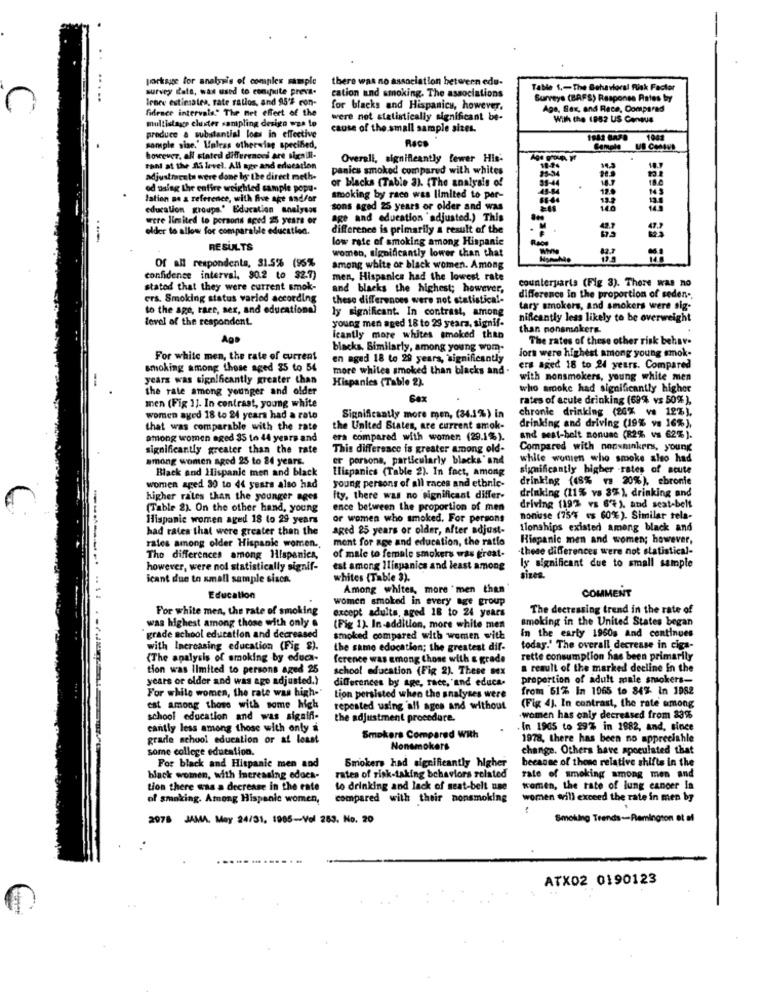
porkage for analysis of comples sample
there was no association between edu-
survey data, was used to coniquite preva-
cation and smoking. The associations
Table $ .- The Behavioral Risk Factor
.....
Srnce estimates, rate ratlos, and 95'# con-
Surveys (BAFS) Response Rates by
fidence intervals." The net effert of the
for blacks and Hispanics, however.
Aga, Sax, and Race, Compared
multistage cluster sampling design was to
were not statistically significant be-
With the 1852 US Census
cause of the small sample sizes.
produce a substantial loes in effective
Race
1041
sample size.' Unless otherwise specified,
UB Contus
however, all stated differences are sigenili-
Overall, significantly fewer His-
tan at the 25 level. All age and education
panics smoked compared with whites
1024
14.3
adjustraceta were done by the direct meth-
or blacks (Table 3). (The analysis of
35-44
od using the enfire weighted sample popu-
145
lation on a reference, with five age and/or
smoking by race was limited to per-
13.4
education groups.' Education analysos
sons aged 25 years or older and was
were limited to persons aped 25 years or
age and education "adjusted.) This
older to allow for comparable education.
difference is primarily a result of the
low rate of smoking among Hispanic
RESULTS
Of all respondenta, 31.5% (95%
women, significantly lower than that
among white or black women. Among
confidence interval, 30.2 to $2.7)
men, Hispanics had the lowest rate
counterparts (Fig 3). There was no
stated that they were current smok-
and blacks the highest; however,
ers. Smoking status varied according
these differences were not statistical-
difference in the proportion of seden .,
to the age, race, sex, and educationa)
ly significant. In contrast, among
tary smokers, and smokers were sig-
level of the respondent.
young men aged 18 to 29 years, signif-
nifleantly less likely to be overweight
than nonsmokers
Ago
Icantly more whites smoked than
The rates of these other risk behave
blacks. Similarly, among young wom-
jors were highest among young smok-
For white men, the rate of current
en aged 18 to 29 years, significantly
smoking among those aged 35 to 54
more whites smoked than blacks and .
ers aged 18 to 24 years. Compared
years was significantly greater than
Hispanics (Table 2).
with nonsmokers, young white men
the rate among younger and older
who smoke had significantly higher
rates of acute drinking (69% vs 50%),
men (Fig 1]. In contrast, young white
chronic drinking (20% v 12%),
women aged 18 to 24 years had a rate
Significantly more men, (84.1%) in
drinking and driving (19% vs 16%),
that was comparable with the rate
the United Biates, are current smok-
among women aged 35 to 44 years and
era compared with women (29.1%).
and meat-belt nonuse (R2% vs 62%).
significantly greater than the rate
This difference is greater among old-
Compared with nonsninkress, young
among women aged 25 to 24 years.
er porsons, particularly blacks' and
white women who smoke also had
Black and Hispanic men and black
Hispanics (Table 2). In fact, among
significantly higher rates of acute
young persons of all races and ethnic-
drinking (48% vs 20%), ebronie
women aged 30 to 44 years also had
higher rates than the younger ages
ity. there was no significant differ-
drinking (11% vs 3%), drinking and
(Table 2). On the other hand, young
ence between the proportion of men
driving (19% vs 6℃), and seat-belt
Hispanic women aged 18 to 29 years
or women who smoked. For persons
nonuse (75"7 es 60%). Similar tela-
had rates that were greater than the
aged 25 years or older, after adjust-
Ilonships existed among black and
ment for age and education, the ratio
Hispanic men and women; however,
rates among older Hispanic women.
-these differences were not statistical-
The differences among Hispanics,
of male to female smokers was great-
however, were nol statistically signif-
est among Ilispanics and least among
ly significant due to small sample
icant due to small sample sisca.
whites (Table 3).
sizes.
------ -..
Among whites, more ' men than
Education
women smoked in every age group
COMMENT
For white men, the rate of smoking
The decreasing trend in the rate of
except adults, aged 18 to 24 years
smoking in the United States began
was highest among those with only a
(Fig 1). In addition, more white men
In the early 1960s and continues
grade school education and decreased
smoked compared with women with
with Increasing education (Fig $).
the same education; the greatest dif-
today.' The overall decrease in ciga-
(The analysis of smoking by educa-
ference was among those with & grade
rette consumption has been primarily
tion was limited to persons aged 25
school education (Fig 2). These sex
a result of the marked decline in the
years or older and was age adjusted.)
differences by age, race, and educa-
proportion of adult male smokers-
For white women, the rate was high-"
from 61% In 1965 to 84% In 1982
Lion persisted when the analyses were
(Fig 4). In contrast, the rate among
est among those with some high
repeated using 'all ages and without
school education and was signifi-
the adjustment procedure.
.women has only decreased from 33%
cantly less among those with only i
In 1905 to 29% in 1982, and, since
grade school education or at least
Smokers Compared With
1978, there has been no apprecishle
some college education.
Nonsmokers
change. Others have spoeulated that
because of those relative shifts in the
For black and Hispanic men and
Smokers had significantly higher
black women, with increasing educa-
rates of risk-taking behaviors related
rate of smoking among men and
tion there was a decrease in the ente
to drinking and lack of seat-belt une
komen, the rate of lung cancer In
of smoking. Among Hispanic women,
compared with their nonsmoking
women will exceed the rate in men by
2978 JAMA. May 24/31, 1905-Vol 263. No. 20
Smoking Trends-Remington et af
ATX02 0190123